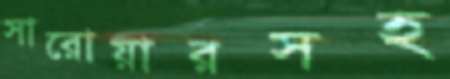
সারোয়ারসহ